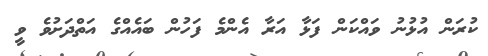
ކުރަން އުޅުނު ވައްކަން ފަޅާ އަރާ އެންމެ ފަހުން ބައެއްގެ އަތްދަށުވެ ވީ